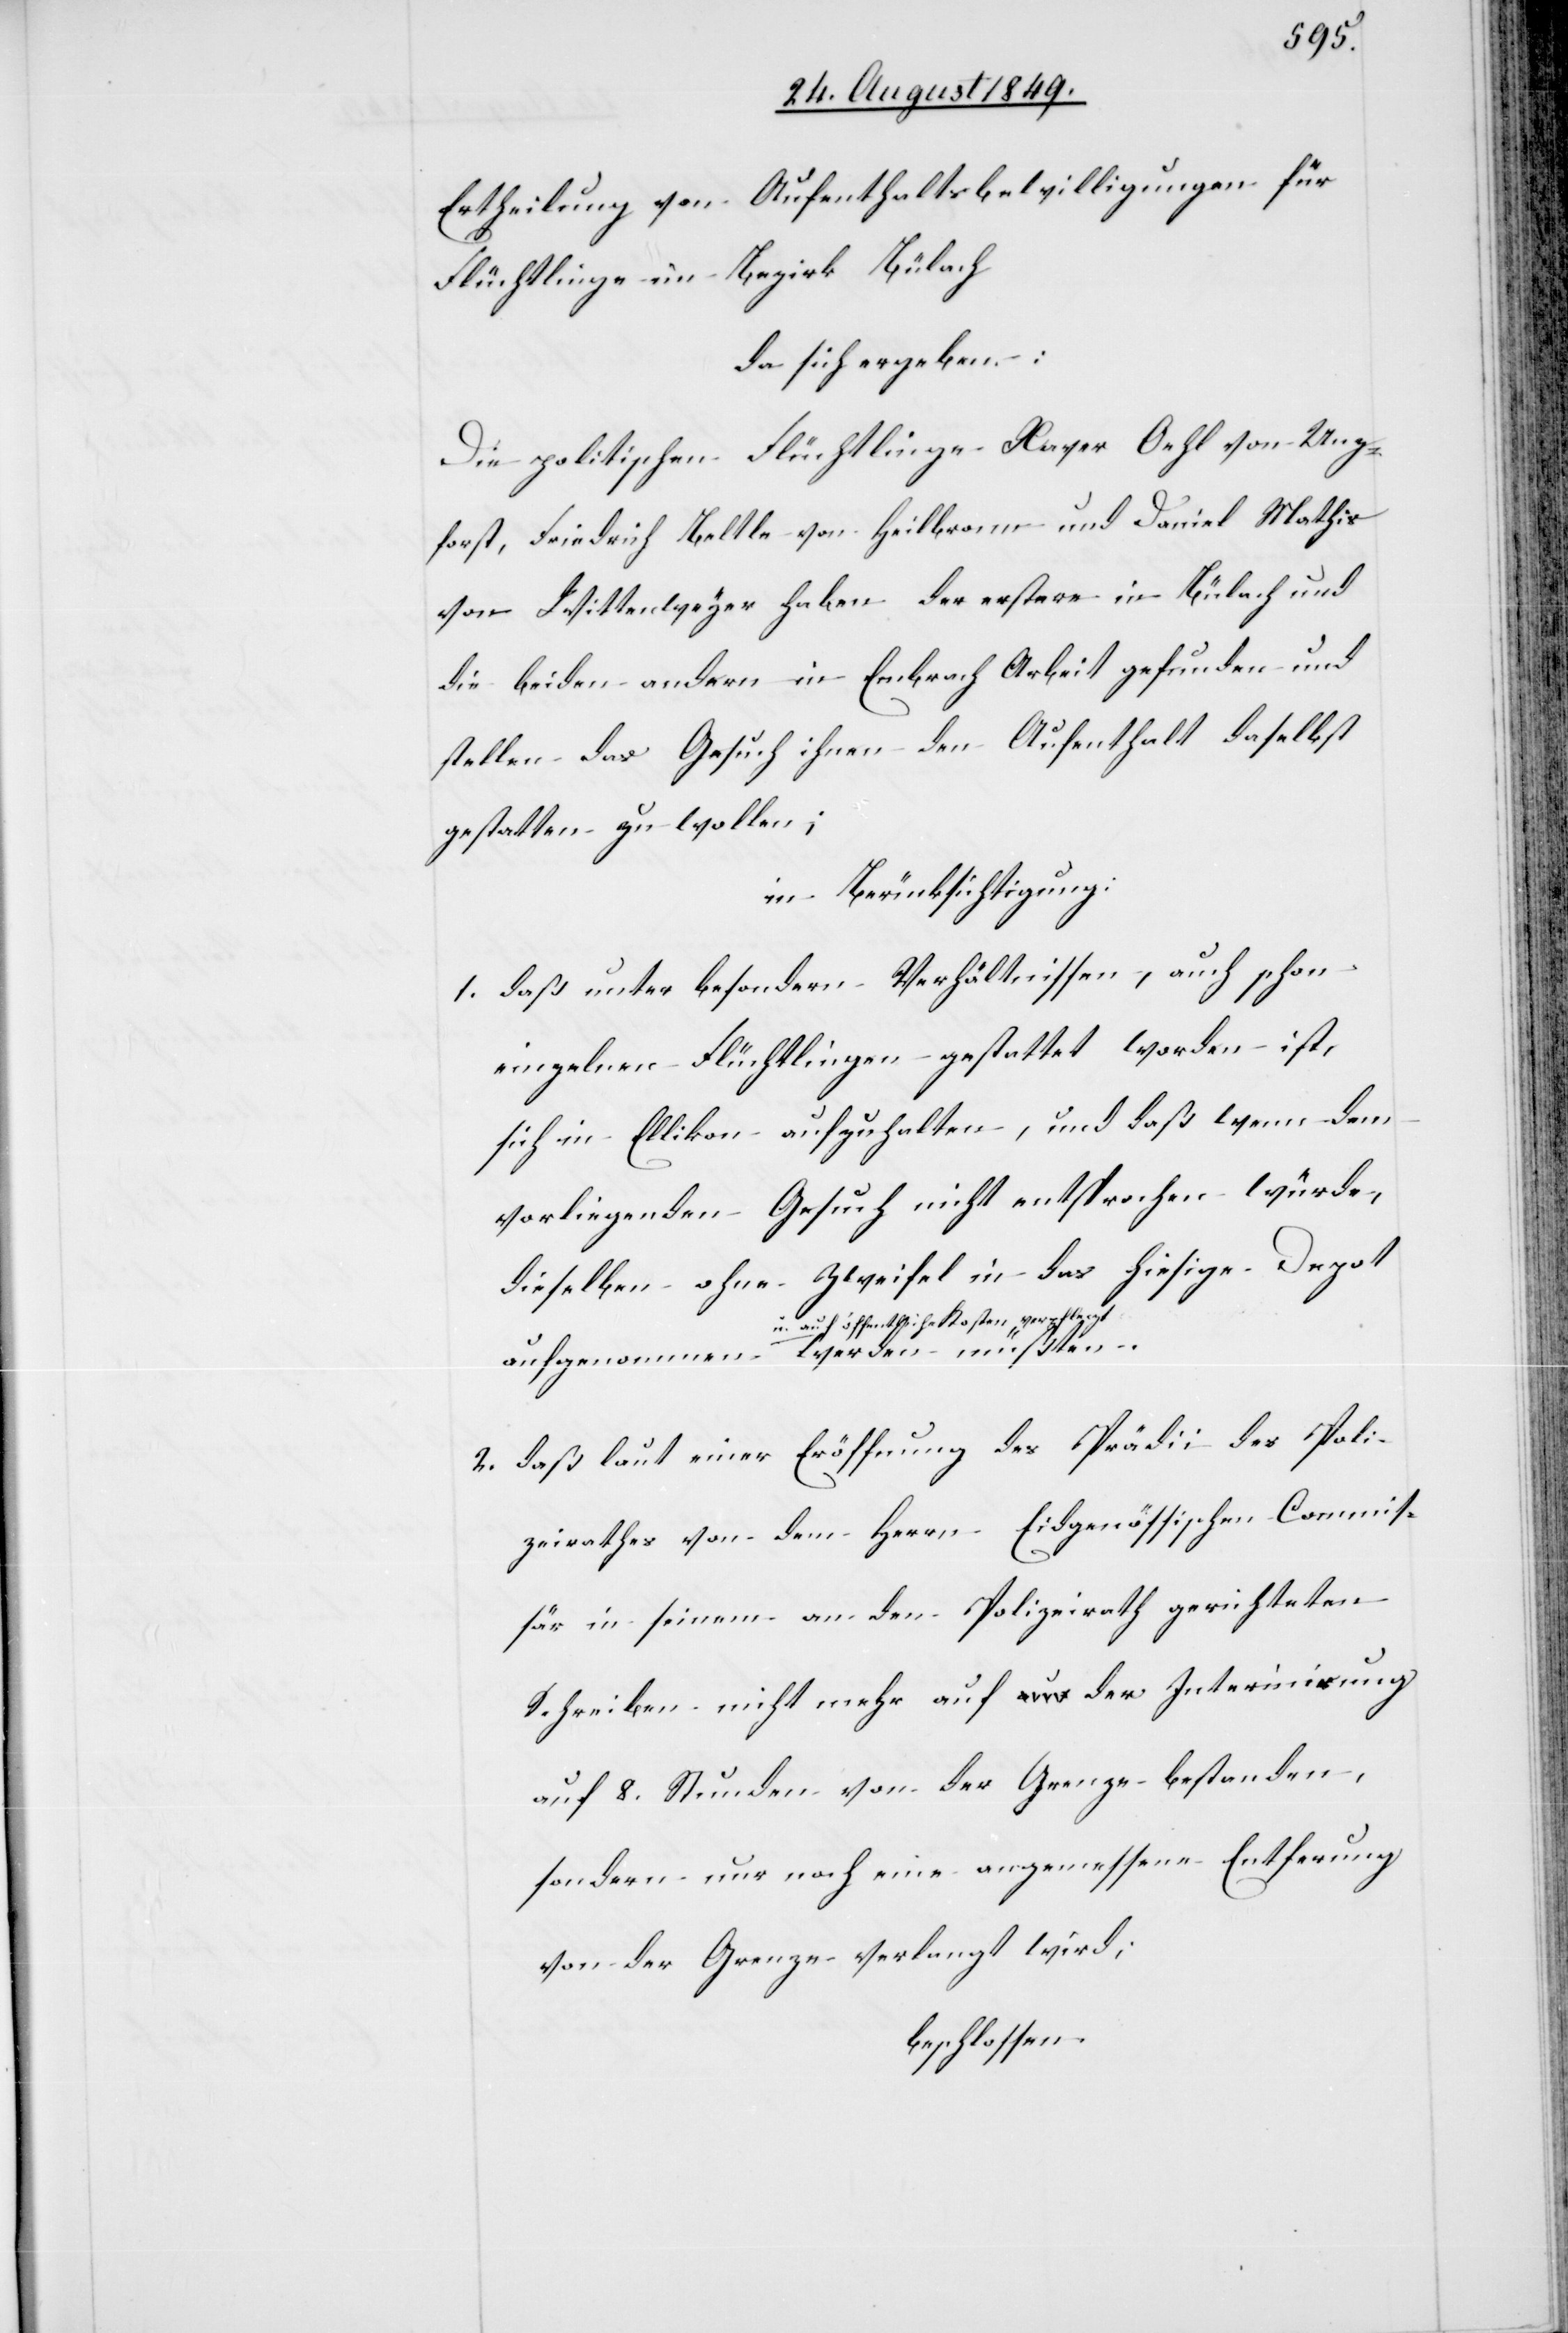
Ertheilung von Aufenthaltsbewilligungen für
Flüchtlinge im Bezirk Bülach
da sich ergeben:
Die politischen Flüchtlinge Xaver Oehl von Unz¬
forst, Friedrich Beltle von Heilbronn und Daniel Mathis
von Wittenweyer haben der erstere in Bülach und
die beiden andern in Embrach Arbeit gefunden und
stellen das Gesuch ihnen den Aufenthalt daselbst
gestatten zu wollen;
in Berücksichtigung:
1. daß unter besondern Verhältnissen, auch schon
einzelnen Flüchtlingen gestattet worden ist,
sich in Ellikon aufzuhalten, und daß wenn dem
vorliegenden Gesuch nicht entsprochen würde,
dieselben ohne Zweifel in das hiesige Depot
a-u. auf öffentliche Kosten verpflegt-a
2. daß laut einer Eröffnung des Prä[si]dii des Poli¬
zeirathes von dem Herrn Eidgenössischen Commis¬
sär in seinem an den Polizeirath gerichteten
Schreiben nicht mehr auf der Internirung
auf 8. Stunden von der Grenze bestanden,
sondern nur noch eine angemessene Entfernung
von der Grenze verlangt wird;
beschlossen: